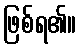
ဖြစ်ရ၏။